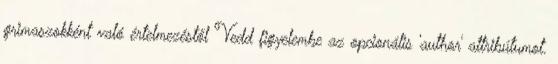
grimaszokként való értelmezéstől Vedd figyelembe az opcionális 'author' attribútumot.